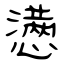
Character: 懑